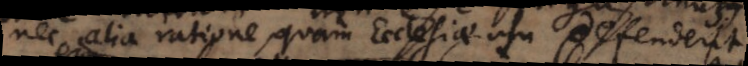
nec alia ratione, quam Ecclesiae usu defenderit